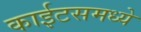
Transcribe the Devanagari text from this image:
काईटसमध्ये